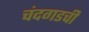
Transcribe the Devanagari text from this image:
चंदगडची